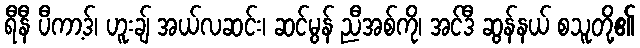
ရီနီ ပီကာ့ဒ်၊ ဟူးချ် အယ်လဆင်း၊ ဆင်မွန် ညီအစ်ကို၊ အင်ဒီ ဆွန်နယ် စသူတို့၏